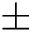
\pm